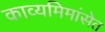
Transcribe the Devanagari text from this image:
काव्यमिमांसेत